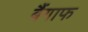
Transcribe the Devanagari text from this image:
बैंगाफ